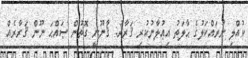
ކުއްލި ނުރައްކަލުގެ ޙާލަތު އިޢުލާނުކުރި ޤަރާރު: ޤާނޫނީ ގޮތުން ޞައްޙަ ނޫން ޤަރާރެއް